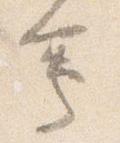
会